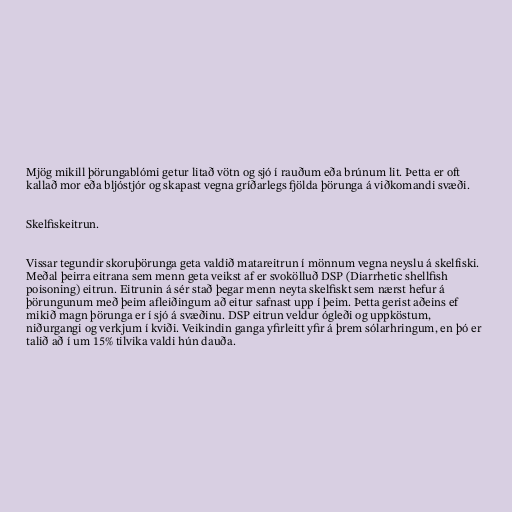
Mjög mikill þörungablómi getur litað vötn og sjó í rauðum eða brúnum lit. Þetta er oft
kallað mor eða bljóstjór og skapast vegna gríðarlegs fjölda þörunga á viðkomandi svæði.

Skelfiskeitrun.

Vissar tegundir skoruþörunga geta valdið matareitrun í mönnum vegna neyslu á skelfiski.
Meðal þeirra eitrana sem menn geta veikst af er svokölluð DSP (Diarrhetic shellfish
poisoning) eitrun. Eitrunin á sér stað þegar menn neyta skelfiskt sem nærst hefur á
þörungunum með þeim afleiðingum að eitur safnast upp í þeim. Þetta gerist aðeins ef
mikið magn þörunga er í sjó á svæðinu. DSP eitrun veldur ógleði og uppköstum,
niðurgangi og verkjum í kviði. Veikindin ganga yfirleitt yfir á þrem sólarhringum, en þó er
talið að í um 15% tilvika valdi hún dauða.